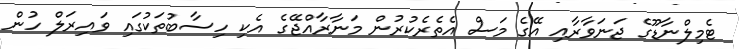
ޓެމިލްނާޑޫގެ ޖަނަވާރާއި އޭގެ މަސް އެތެރެކުރުން މަނާރާއްޖޭގެ އެކި ހިސާބުތަކުގައި ވައިރަލް ހުން